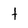
Character: t